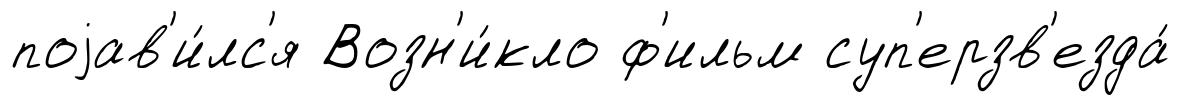
поjав'и́лс'я Возн'и́кло ф'ильм суп'ерзв'езда́